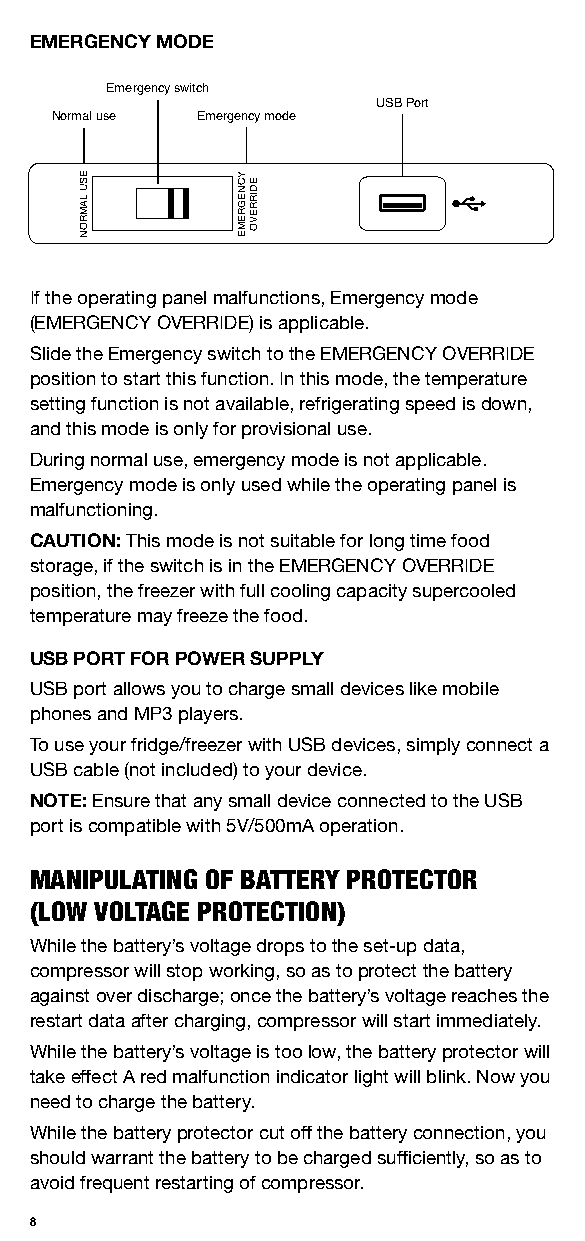
EMERGENCY MODE
 Emergency switch
 USB Port
 Normal use Emergency mode
 If the operating panel malfunctions, Emergency mode
 (EMERGENCY OVERRIDE) is applicable.
 Slide the Emergency switch to the EMERGENCY OVERRIDE
 position to start this function. In this mode, the temperature
 setting function is not available, refrigerating speed is down,
 and this mode is only for provisional use.
 During normal use, emergency mode is not applicable.
 Emergency mode is only used while the operating panel is
 malfunctioning.
 CAUTION: This mode is not suitable for long time food
 storage, if the switch is in the EMERGENCY OVERRIDE
 position, the freezer with full cooling capacity supercooled
 temperature may freeze the food.
 USB PORT FOR POWER SUPPLY
 USB port allows you to charge small devices like mobile
 phones and MP3 players.
 To use your fridge/freezer with USB devices, simply connect a
 USB cable (not included) to your device.
 NOTE: Ensure that any small device connected to the USB
 port is compatible with 5V/500mA operation.
 MANIPULATING OF BATTERY PROTECTOR
 (LOW VOLTAGE PROTECTION)
 While the battery’s voltage drops to the set-up data,
 compressor will stop working, so as to protect the battery
 against over discharge; once the battery’s voltage reaches the
 restart data after charging, compressor will start immediately.
 While the battery’s voltage is too low, the battery protector will
 take effect A red malfunction indicator light will blink. Now you
 need to charge the battery.
 While the battery protector cut off the battery connection, you
 should warrant the battery to be charged sufficiently, so as to
 avoid frequent restarting of compressor.
 8
 ESU
 LAMRON
 YCNEGREME EDIRREVO